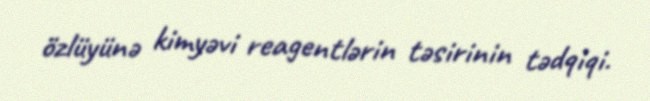
özlüyünə kimyəvi reagentlərin təsirinin tədqiqi.